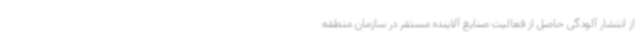
از انتشار آلودگی حاصل از فعالیت صنایع آلاینده مستقر در سازمان منطقه